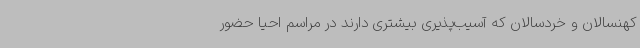
کهنسالان و خردسالان که آسیب‌پذیری بیشتری دارند در مراسم احیا حضور